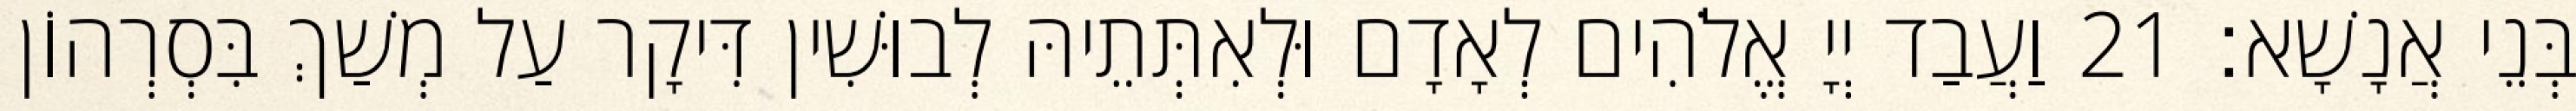
בְּנֵי אֲנָשָׁא׃ 21 וַעֲבַד יְיָ אֱלֹהִים לְאָדָם וּלְאִתְּתֵיהּ לְבוּשִׁין דִּיקָר עַל מְשַׁךְ בִּסְרְהוֹן